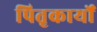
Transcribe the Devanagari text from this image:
पितृकार्यों